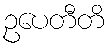
ဥပေတီတိ